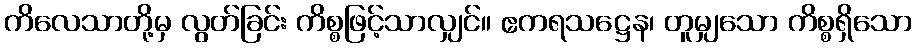
ကိလေသာတို့မှ လွတ်ခြင်း ကိစ္စဖြင့်သာလျှင်။ ဧကရသဋ္ဌေန၊ တူမျှသော ကိစ္စရှိသော